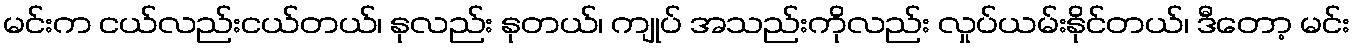
မင်းက ငယ်လည်းငယ်တယ်၊ နုလည်း နုတယ်၊ ကျုပ် အသည်းကိုလည်း လှုပ်ယမ်းနိုင်တယ်၊ ဒီတော့ မင်း